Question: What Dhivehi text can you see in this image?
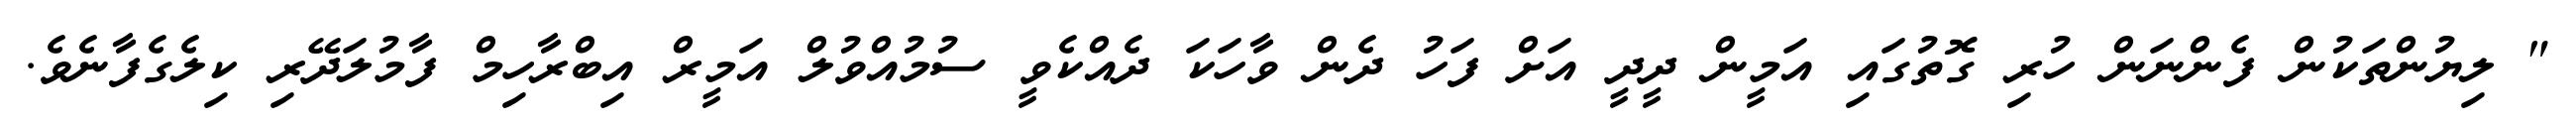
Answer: " ލިޔުންތަކުން ފެންނަން ހުރި ގޮތުގައި އަމީން ދީދީ އަށް ފަހު ދެން ވާހަކަ ދެއްކެވީ ސުމުއްވުލް އަމީރް އިބްރާހިމް ފާމުލަދޭރި ކިލެގެފާނެވެ.